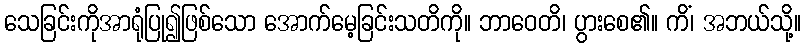
သေခြင်းကိုအာရုံပြု၍ဖြစ်သော အောက်မေ့ခြင်းသတိကို။ ဘာဝေတိ၊ ပွားစေ၏။ ကိံ၊ အဘယ်သို့။